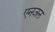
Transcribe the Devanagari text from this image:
एनजल